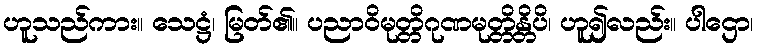
ဟူသည်ကား။ သေဋ္ဌံ၊ မြတ်၏။ ပညာဝိမုတ္တိဂုဏမုတ္တိန္တိပိ၊ ဟူ၍လည်း။ ပါဌော၊